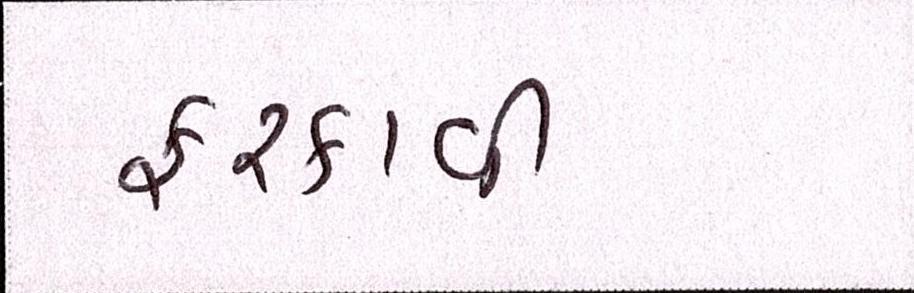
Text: ફરકાવી